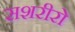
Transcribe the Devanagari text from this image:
सशरीरो